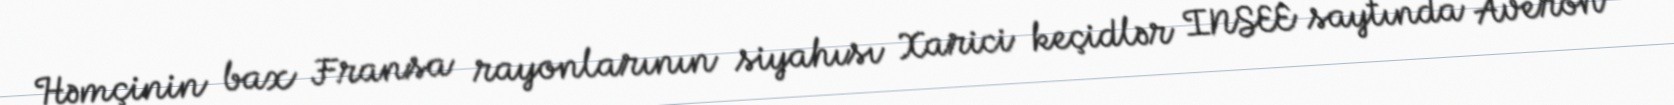
Həmçinin bax Fransa rayonlarının siyahısı Xarici keçidlər INSEE saytında Averon